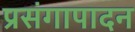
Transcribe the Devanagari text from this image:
प्रसंगापादन